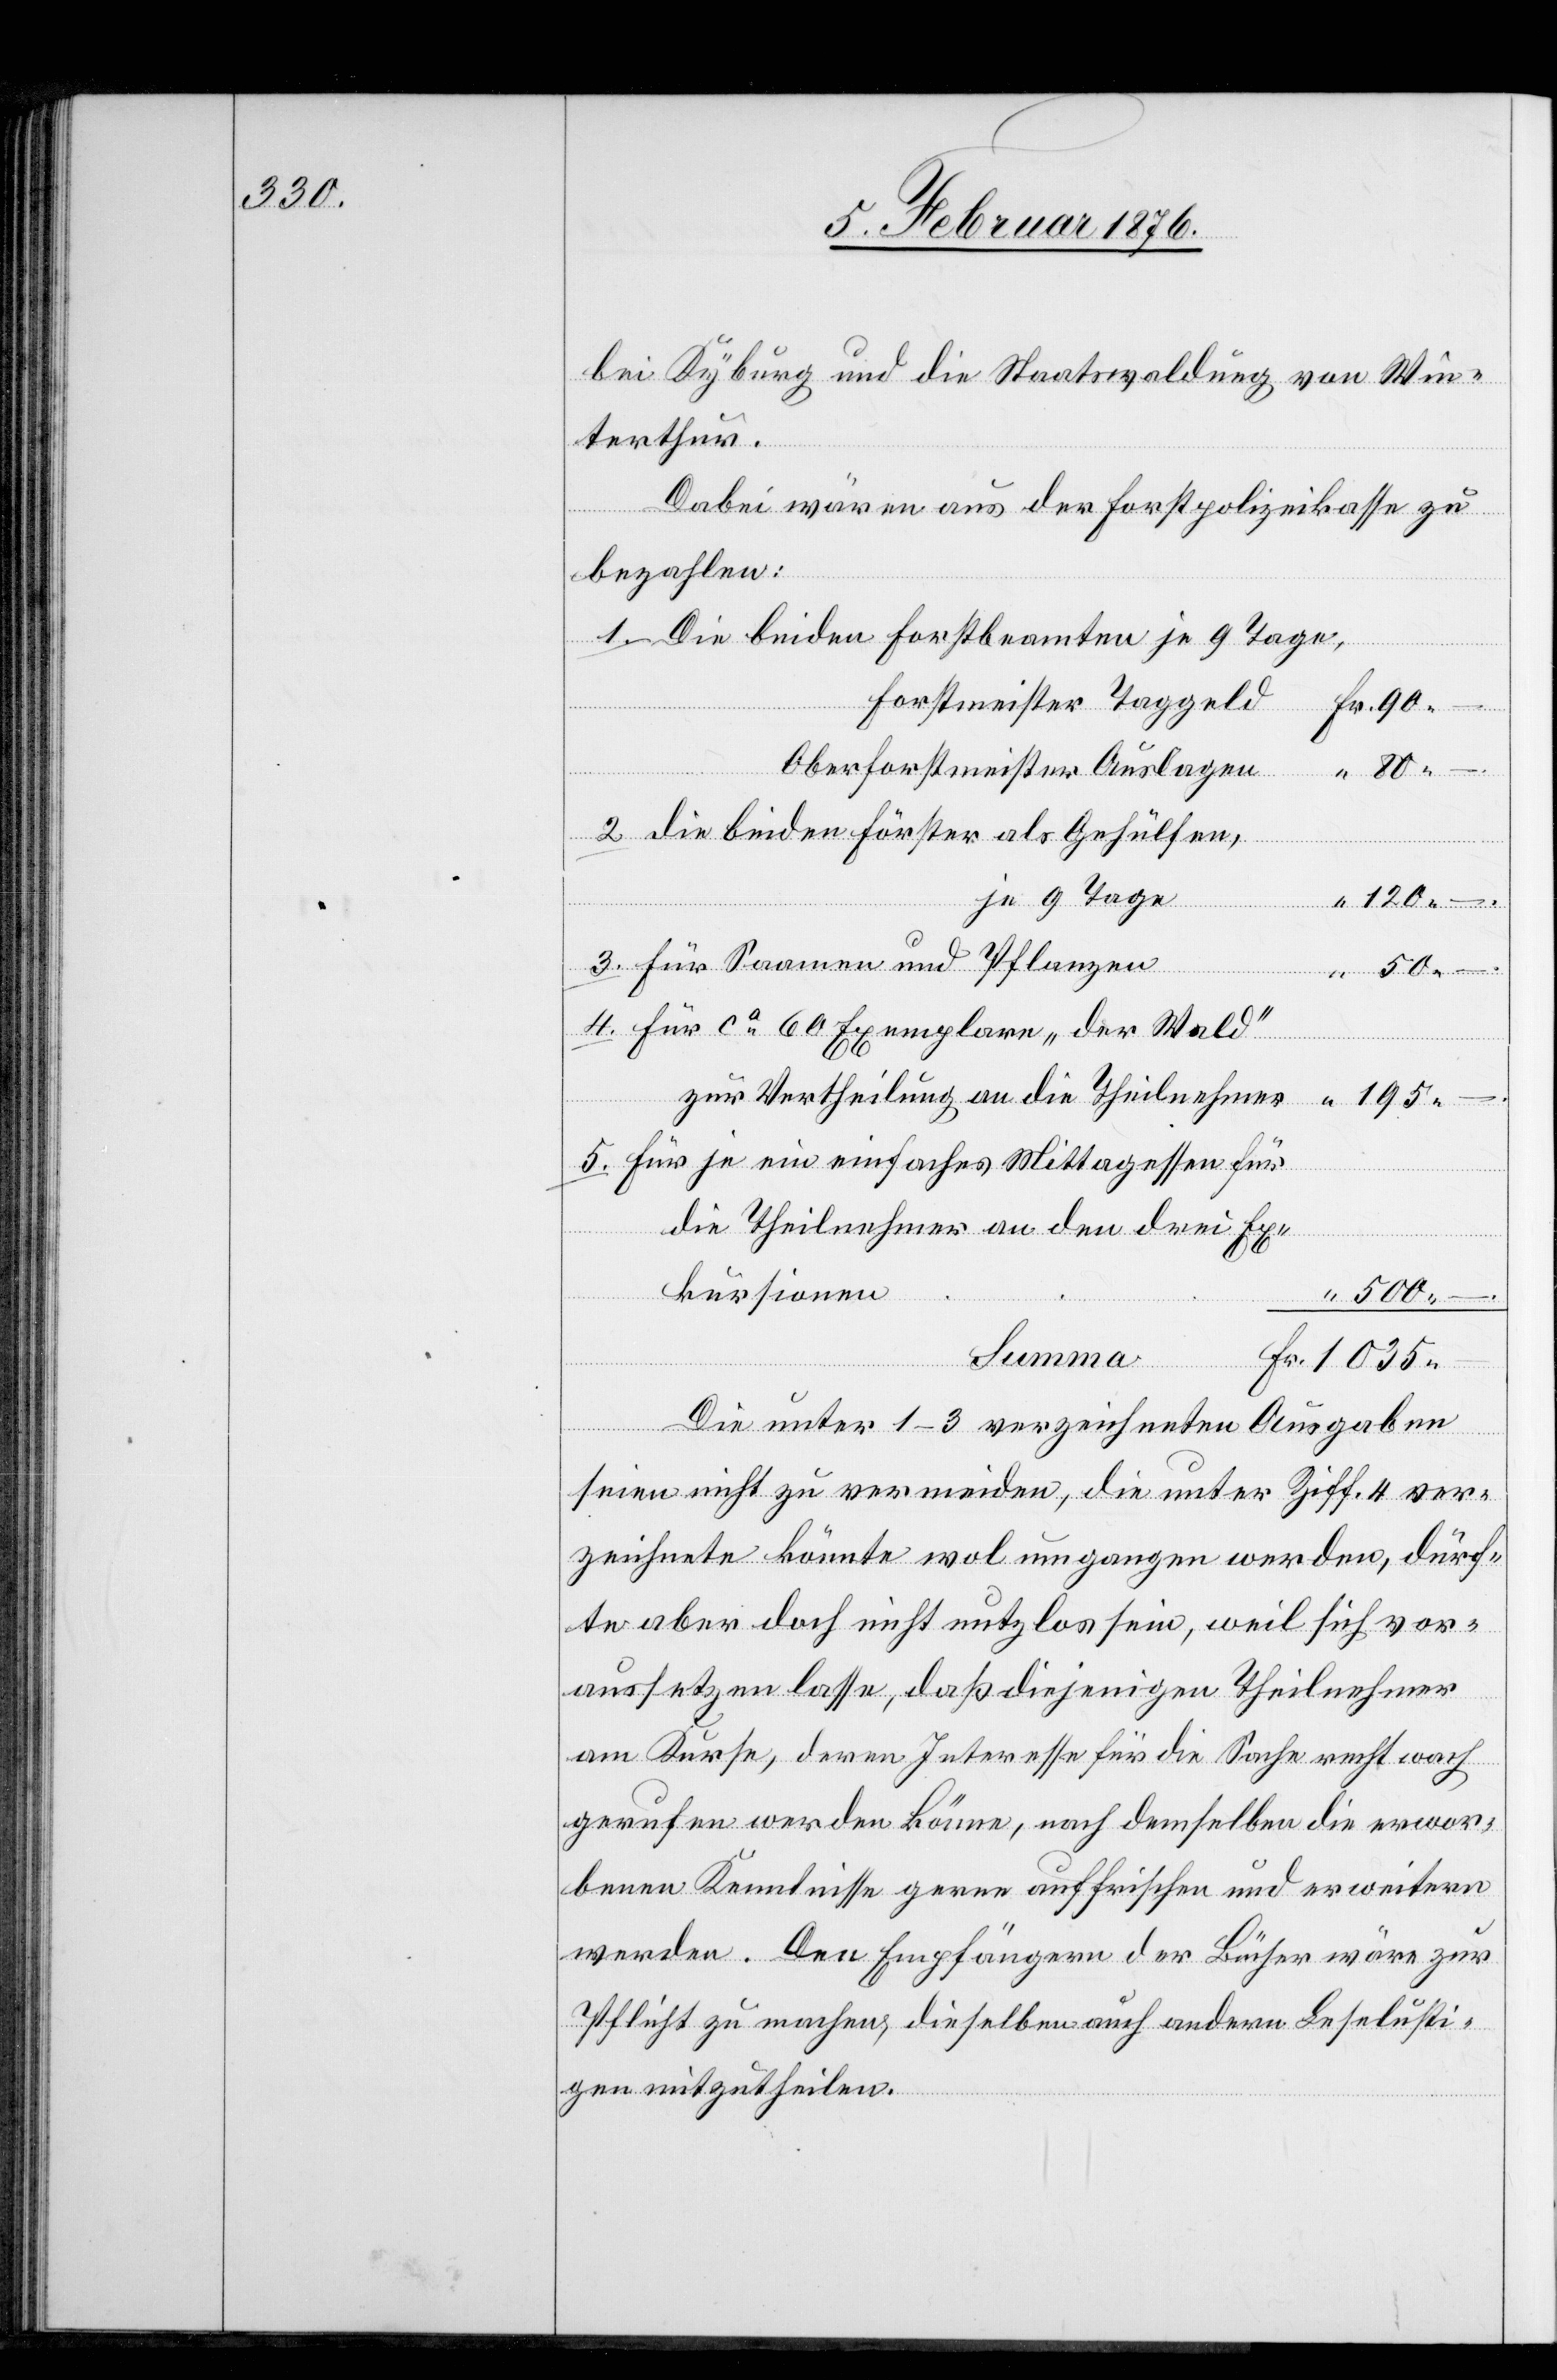
bei Kyburg und die Staatswaldung von Win¬
terthur.
Dabei wären aus der Forstpolizeikasse zu
bezahlen:
1. die beiden Forstbeamten je 9 Tage,
stmeister
Oberforstmeister Auslagen
2. die beiden Förster als Gehülfen,
je 9 Tage
“ 120
3. für Saamen und Pflanzen
“ 50.–
4. für ca 60 Exemplare „der Wald“
zur Vertheilung an die Theilnehmer
5. für je ein einfaches Mittagessen für
die Theilnehmer an den drei Ex¬
kursionen
“ 500.–
Summa
Fr. 1035.–
Die unter 1–3 verzeichneten Ausgaben
90.–
seien nicht zu vermeiden, die unter Ziff. 4 ver¬
zeichnete könnte wol umgangen werden, dürf¬
te aber doch nicht nutzlos sein, weil sich vor¬
aussetzen lasse, daß diejenigen Theilnehmer
am Kurse, deren Interesse für die Sache recht wach
gerufen werden könne, nach demselben die erwor¬
benen Kenntnisse genau auffrischen und erweitern
werden. Den Empfängern der Bücher wäre zur
Pflicht zu machen, dieselben auf andere Leselusti¬
ge mitzutheilen.